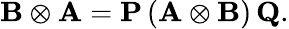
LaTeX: \mathbf{B}\otimes\mathbf{A}=\mathbf{P}\, (\mathbf{A}\otimes\mathbf{B})\, \mathbf{Q}.